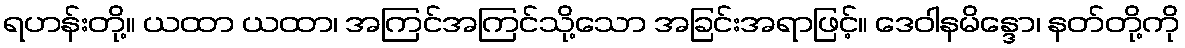
ရဟန်းတို့။ ယထာ ယထာ၊ အကြင်အကြင်သို့သော အခြင်းအရာဖြင့်။ ဒေဝါနမိန္ဒော၊ နတ်တို့ကို